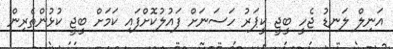
އަނިލް ލަނޑު ޖެހީ ބީޖީ ކީޕަރު ހަސަނަށް ފައުލުކޮށްފައި ކަމަށް ބީޖީ ކުޅުންތެރިން